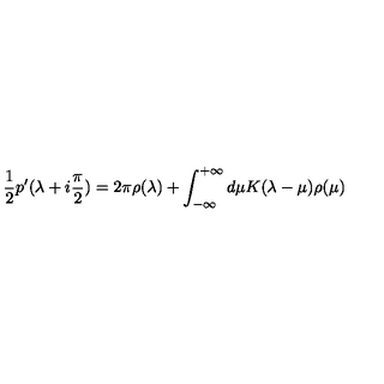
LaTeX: { \frac { 1 } { 2 } } p ^ { \prime } ( \lambda + i { \frac { \pi } { 2 } } ) = 2 \pi \rho ( \lambda ) + \int _ { - \infty } ^ { + \infty } d \mu K ( \lambda - \mu ) \rho ( \mu )